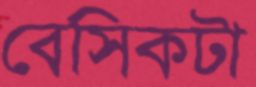
বেসিকটা